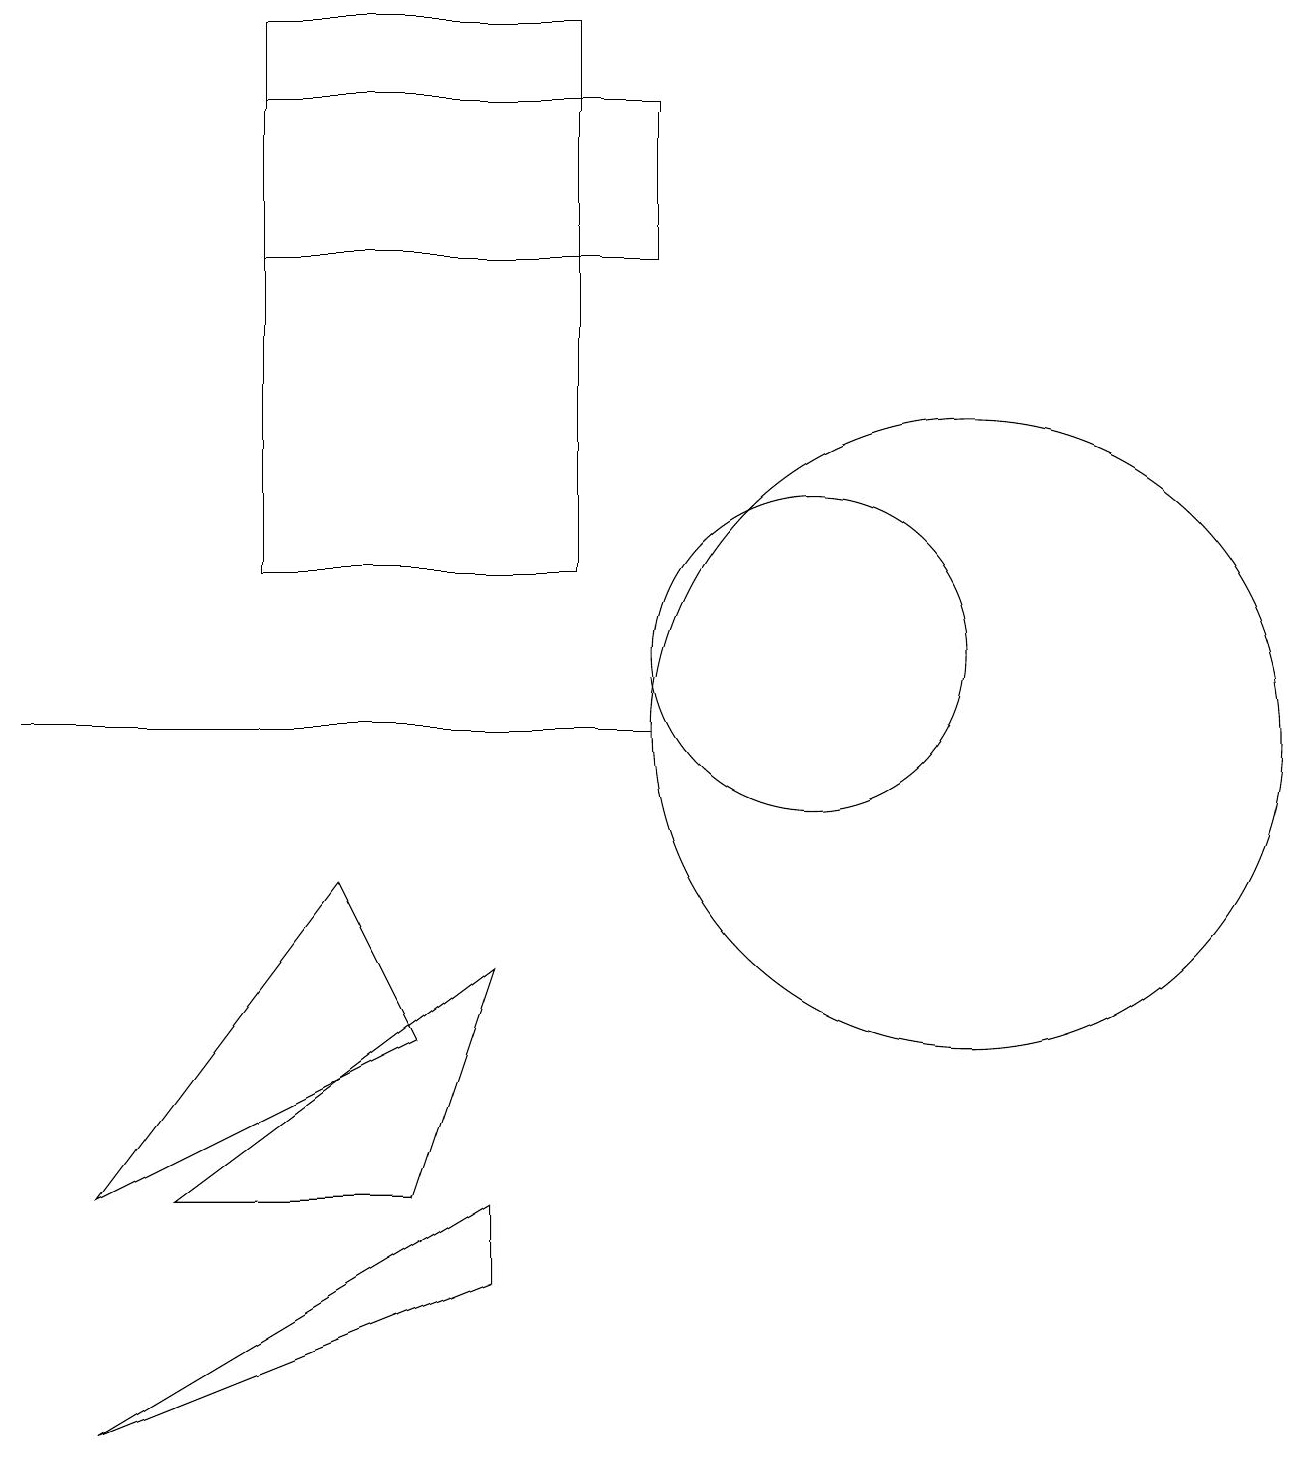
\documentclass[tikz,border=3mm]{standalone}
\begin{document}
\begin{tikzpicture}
\draw (8,16) rectangle (3,18);
\draw (4,8) -- (1,4) -- (5,6) -- cycle;
\draw (2,4) -- (6,7) -- (5,4) -- cycle;
\draw (6,3) -- (6,4) -- (1,1) -- cycle;
\draw (0,10) rectangle (8,10);
\draw (10,11) circle (2);
\draw (7,12) rectangle (3,19);
\draw (12,10) circle (4);
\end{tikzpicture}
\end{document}